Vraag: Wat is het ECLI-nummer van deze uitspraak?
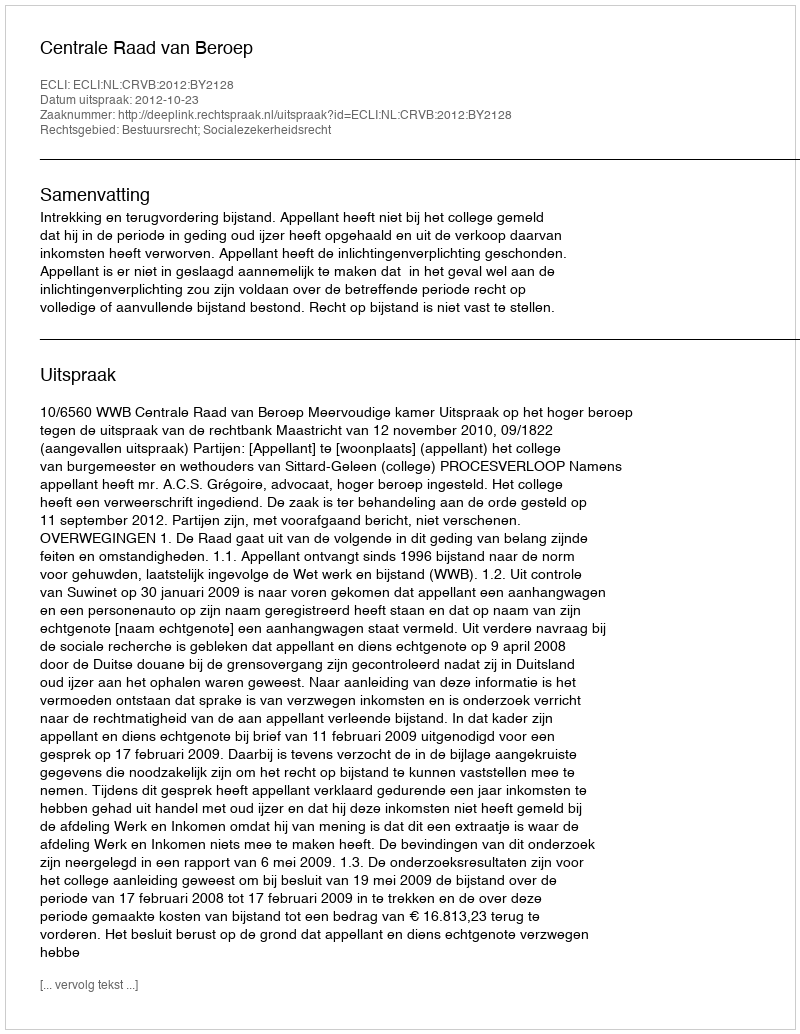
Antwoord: ECLI:NL:CRVB:2012:BY2128